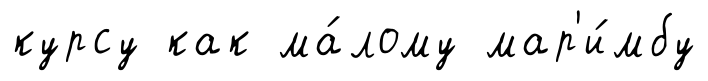
курсу как ма́лому мар'и́мбу